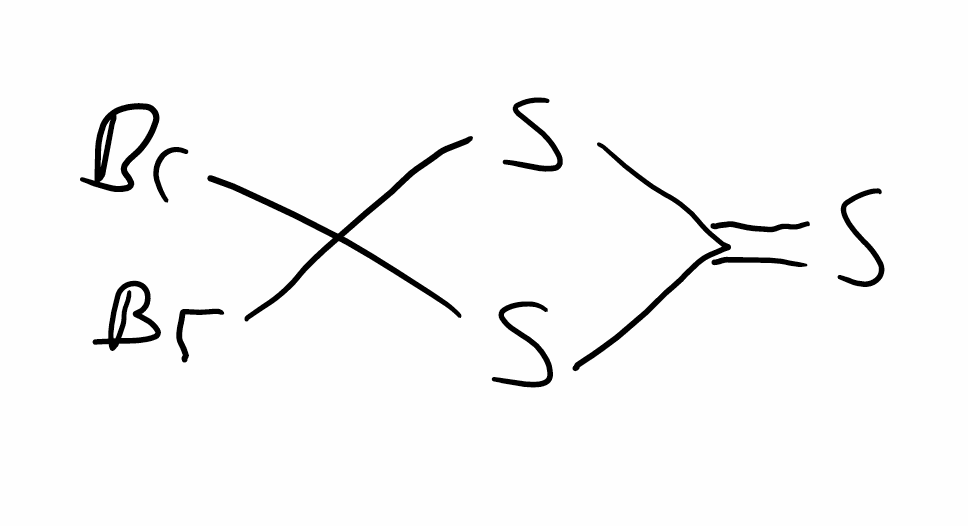
Simplified molecular-input line-entry system (SMILES) notation of the given molecule:
C1(=S)SC(S1)(Br)Br